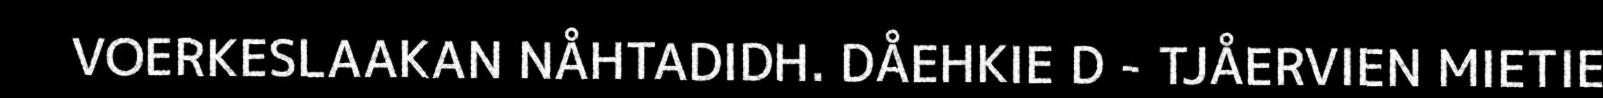
VOERKESLAAKAN NÅHTADIDH. DÅEHKIE D - TJÅERVIEN MIETIE